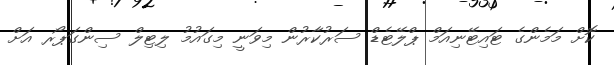
ކޮށް މަމެންގެ ޓައިޓޭނިއަމް ޕްލޭޓެޑް ސަރުކާރުން މިވަނީ މިގައުމު ލިޓިލް ސިންގަޕޯރ އަށް